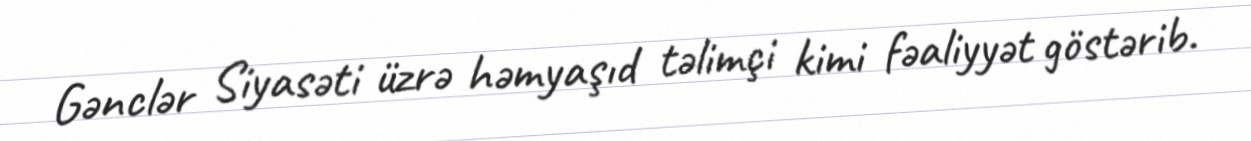
Gənclər Siyasəti üzrə həmyaşıd təlimçi kimi fəaliyyət göstərib.